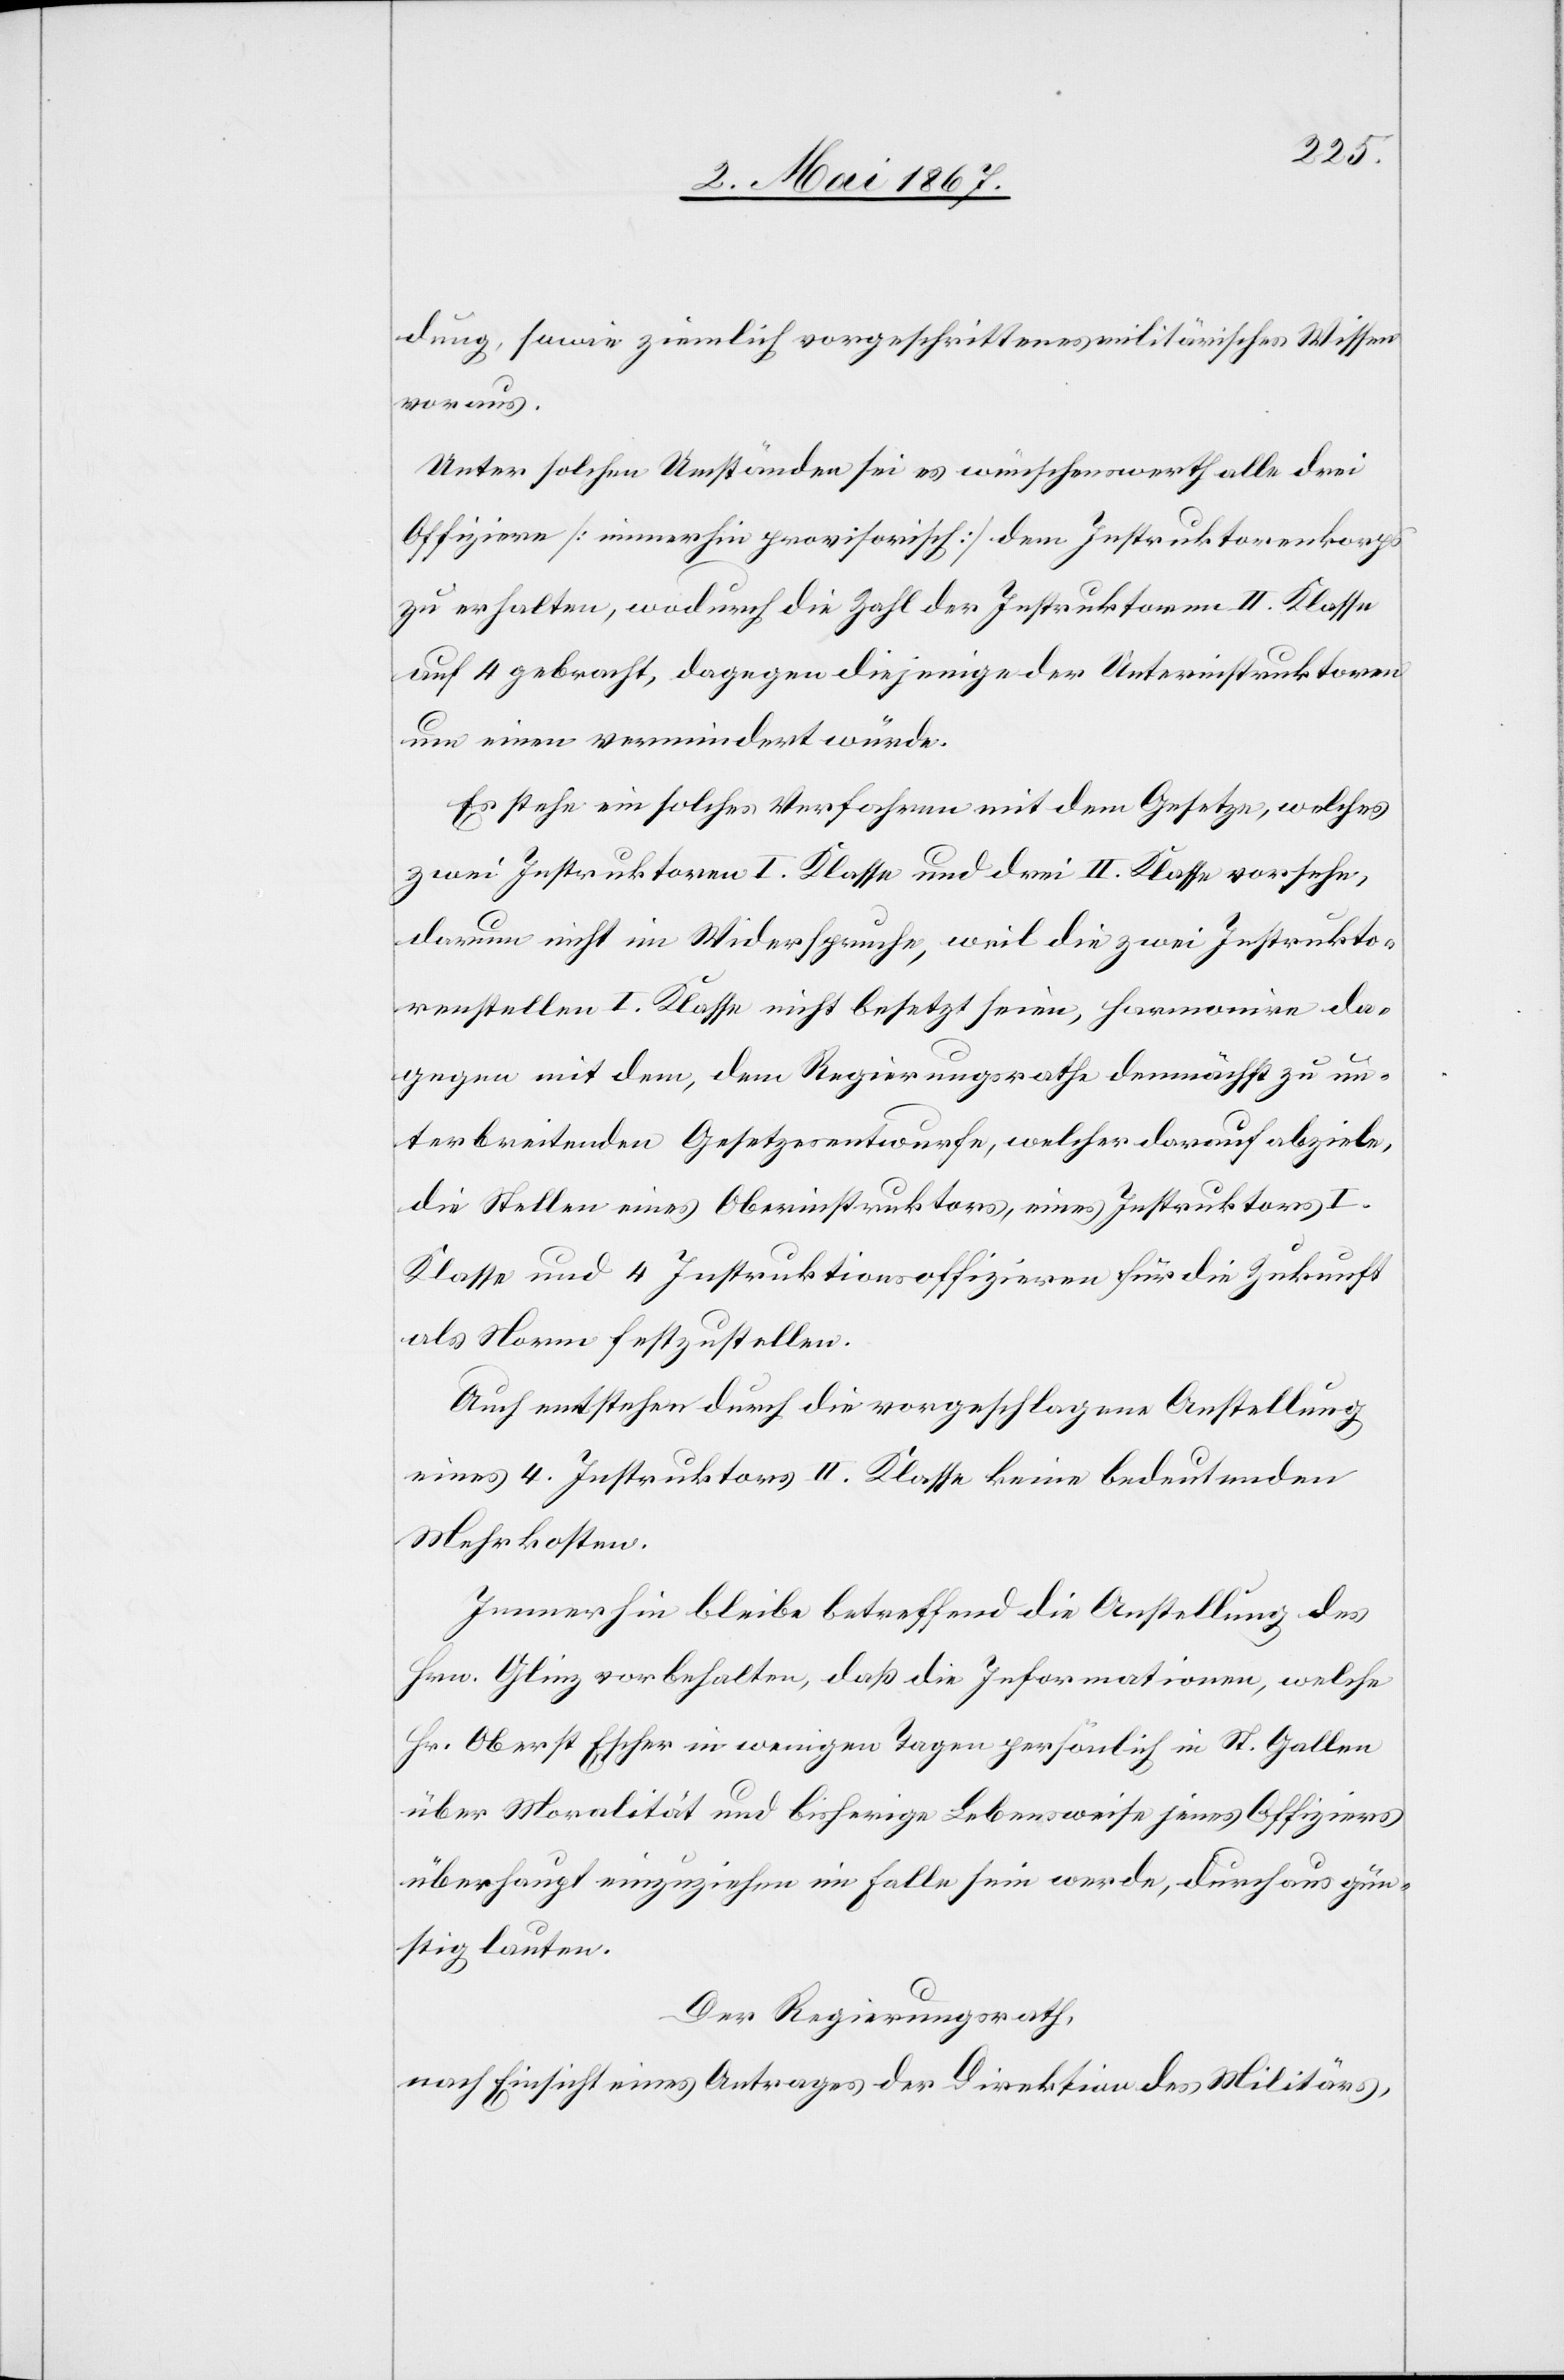
dung, sowie ziemlich vorgeschrittenes militärisches Wissen
voraus.
Unter solchen Umständen sei es wünschenswerth alle drei
Offiziere [immerhin provisorisch] dem Instruktorenkorps
zu erhalten, wodurch die Zahl der Instruktoren II. Klasse
auf 4 gebracht, dagegen diejenige der Unterinstruktoren
um einen vermindert würde.
Es stehe ein solches Verfahren mit dem Gesetze, welches
zwei Instruktoren I. Klasse und drei II. Klasse vorsehe,
darum nicht im Widerspruche, weil die zwei Instrukto¬
renstellen I. Klasse nicht besetzt seien, harmonire da¬
gegen mit dem, dem Regierungsrathe demnächst zu un¬
terbreitenden Gesetzesentwurfe, welcher darauf abziele,
die Stelle eines Oberinstruktors, eines Instruktors I.
Klasse und 4 Instruktionsoffizieren für die Zukunft
als Norm festzustellen.
Auch entstehen durch die vorgeschlagene Anstellung
eines 4. Instruktors II. Klasse keine bedeutenden
Mehrkosten.
Immerhin bleibe betreffend die Anstellung des
Hrn. Glinz vorbehalten, daß die Informationen, welche
Hr. Oberst Escher in wenigen Tagen persönlich in St. Gallen
über Moralität und bisherige Lebensweise jenes Offizieres
überhaupt einzuziehen im Falle sein werde, durchaus gün¬
stig lauten.
Der Regierungsrath,
nach Einsicht eines Antrages der Direktion des Militärs,